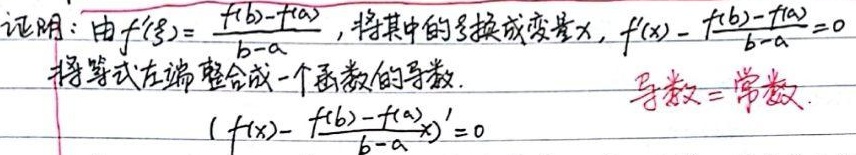
证明：由\(f'(\xi)=\frac{f(b)-f(a)}{b - a}\)，将其中的\(\xi\)换成变量\(x\)，\(f'(x)-\frac{f(b)-f(a)}{b - a}=0\)。将等式左边整合成一个函数的导数.\(\left(f(x)-\frac{f(b)-f(a)}{b - a}x\right)' = 0\)  导数=常数.